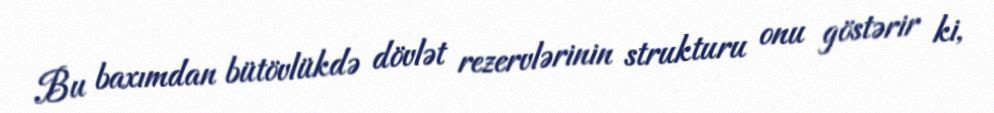
Bu baxımdan bütövlükdə dövlət rezervlərinin strukturu onu göstərir ki,